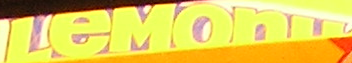
LeMON